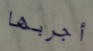
أجربها